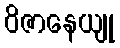
ဝိဇာနေယျု